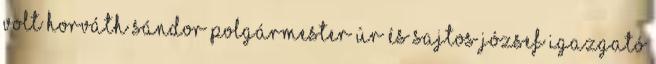
volt Horváth Sándor polgármester úr és Sajtos József igazgató